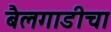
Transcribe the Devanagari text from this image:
बैलगाडीचा